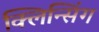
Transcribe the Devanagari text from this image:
क्लिन्सिंग